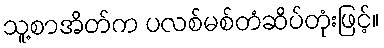
သူ့စာအိတ်က ပလစ်မစ်တံဆိပ်တုံးဖြင့်။